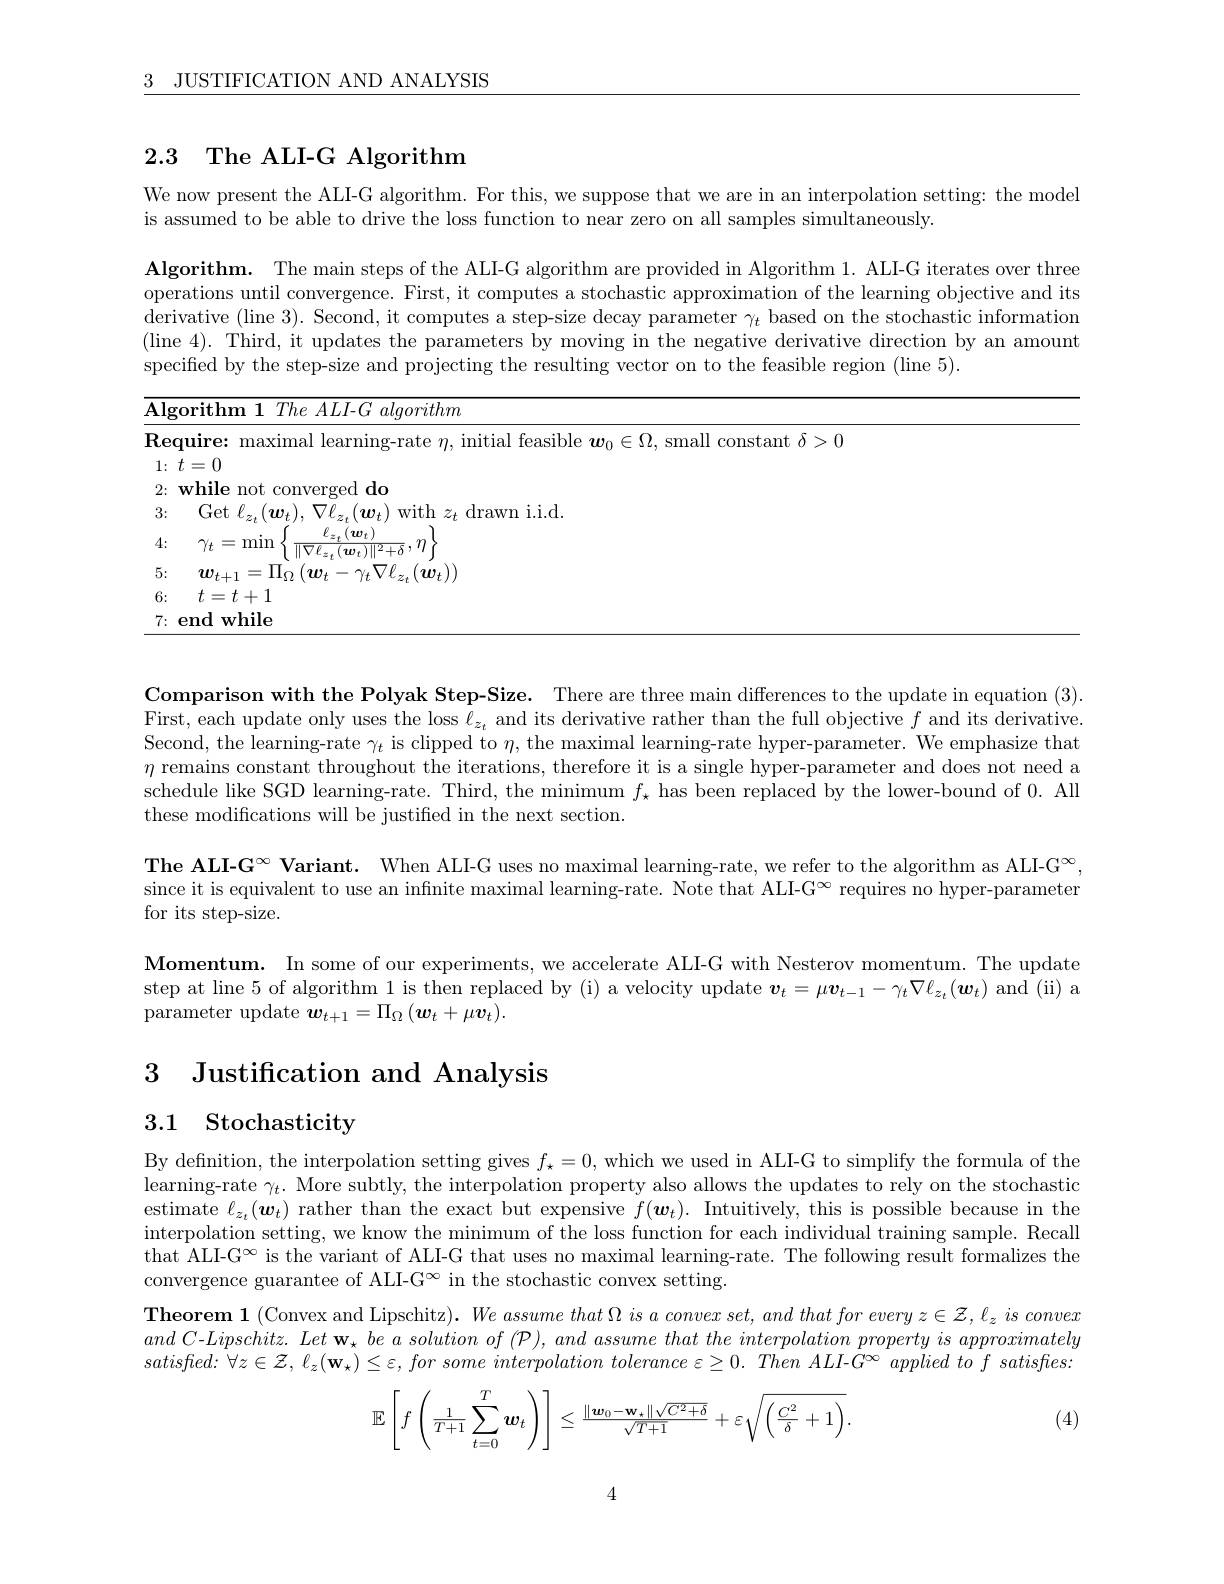
$\begin{array}{ccc}3&\mathrm{JUSTIFICATION~AND~ANALYSIS}\end{array}$

# 2.3 The ALI-G Algorithm

We now present the ALI-G algorithm. For this, we suppose that we are in an interpolation setting: the model

is assumed to be able to drive the loss function to near zero on all samples simultaneously.

$\textbf{Algorithm. The main steps of the ALI- G algorithm are provided in Algorithm 1. ALI- G iterates over three}$ operations until convergence. First, it computes a stochastic approximation of the learning objective and its derivative (line 3). Second, it computes a step-size decay parameter $\gamma_t$ based on the stochastic information (line 4). Third, it updates the parameters by moving in the negative derivative direction by an amount specified by the step-size and projecting the resulting vector on to the feasible region (line 5).

<table>
	<tbody>
		<tr>
			<td>$\mathbf{Re}$</td>
			<td>mayımal learnıno- .initial feasible $\boldsymbol w_{0}\in\Omega$, small constant $\delta>0$</td>
		</tr>
		<tr>
			<td>1: 1</td>
			<td>$t=0$</td>
		</tr>
		<tr>
			<td>2:</td>
			<td>while not converged do</td>
		</tr>
		<tr>
			<td>3:</td>
			<td>Get $\ell _{z_{* }}( \boldsymbol{w}_{t}) $, $\nabla \ell _{z_{* }}( \boldsymbol{w}_{t})$ with $z_{t}$ drawn i.i.d.</td>
		</tr>
		<tr>
			<td>4:</td>
			<td>$\gamma _{t}=$min $z_{t}(\boldsymbol{w}_{t})$ $|\nabla f$ $(\boldsymbol{w}_{1})\|2\bot\delta,'\|$</td>
		</tr>
		<tr>
			<td>5:</td>
			<td>$w_{t+1}=\Pi_{\Omega}\left(\boldsymbol{w}_{t}-\gamma_{t}\nabla\ell_{z_{t}}(\boldsymbol{w}_{t})\right)$</td>
		</tr>
		<tr>
			<td>6:</td>
			<td>$t=t+1$</td>
		</tr>
		<tr>
			<td>7:</td>
			<td>end while</td>
		</tr>
	</tbody>
</table>

Comparison with the Polyak Step-Size. There are three main differences to the update in equation (3). First, each update only uses the loss $\ell_z_t$ and its derivative rather than the full objective $f$ and its derivative. Second, the learning-rate $\gamma_t$ is clipped to $\eta$, the maximal learning-rate hyper-parameter. We emphasize that $\eta$ remains constant throughout the iterations, therefore it is a single hyper-parameter and does not need a schedule like SGD learning-rate. Third, the minimum $f_\star$ has been replaced by the lower-bound of 0. All these modifications will be justified in the next section.

The ALI-G$^\infty$ Variant. When ALI-G uses no maximal learning-rate, we refer to the algorithm as ALI-G$^\infty$ since it is equivalent to use an infinite maximal learning-rate. Note that ALI-G$^\infty$ requires no hyper-parameter for its step-size.

Momentum. In some of our experiments, we accelerate ALI-G with Nesterov momentum. The update step at line 5 of algorithm 1 is then replaced by (i) a velocity update $\boldsymbol v_t=\mu\boldsymbol v_{t-1}-\gamma_t\nabla\ell_{z_t}(\boldsymbol{w}_t)$ and (ii) a parameter update $\boldsymbol w_{t+1}=\Pi_{\Omega}\left(\boldsymbol{w}_{t}+\mu\boldsymbol{v}_{t}\right).$

# 3 Justification and Analysis

# 3.1 Stochasticity

By definition, the interpolation setting gives $f_\star=0$, which we used in ALI-G to simplify the formula of the learning-rate $\gamma_t.$ More subtly, the interpolation property also allows the updates to rely on the stochastic estimate $\ell_z_t(\boldsymbol{w}_t)$ rather than the exact but expensive $f(\boldsymbol{w}_t).$ Intuitively, this is possible because in the interpolation setting, we know the minimum of the loss function for each individual training sample. Recall that ALI-G$^\infty$ is the variant of ALI-G that uses no maximal learning-rate. The following result formalizes the convergence guarantee of ALI-G^{\infty} in the stochastic convex setting.

Theorem 1 (Convex and Lipschitz). $We\textit{ assume that }\Omega \textit{ is a convex set, and that for every }z\in \mathcal{Z} , \ell _z\textit{ is convex}$ $andC-Lipschitz.Let\mathbf{w}_{\star}beasolutionof(\mathcal{P}),andassumethattheinterpolationpropertyisapproximately$ $satisfied: \forall z\in \mathcal{Z} , \ell _{z}( \mathbf{w} _{\star }) \leq \varepsilon , forsome$ interpolation tolerance $\varepsilon \geq 0.$ Then $ALI- G^{\infty }$ applied $to$ $f$ $satisfies.$
$$\mathbb{E}\left[f\left(\frac{1}{T+1}\sum\limits_{t=0}^{T}\boldsymbol{w}_{t}\right)\right]\leq\frac{\|\boldsymbol{w}_{0}-\mathbf{w}_{*}\|\sqrt{C^{2}+\delta}}{\sqrt{T+1}}+\varepsilon\sqrt{\left(\frac{C^{2}}{\delta}+1\right)}.$$
(4)